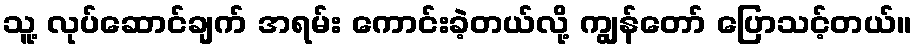
သူ့ လုပ်ဆောင်ချက် အရမ်း ကောင်းခဲ့တယ်လို့ ကျွန်တော် ပြောသင့်တယ်။